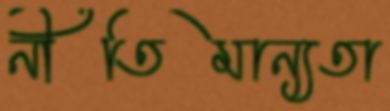
নীতিমান্যতা